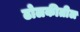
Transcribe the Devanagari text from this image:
ढोलकीतील